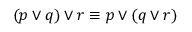
( p \vee q ) \vee r \equiv p \vee ( q \vee r )